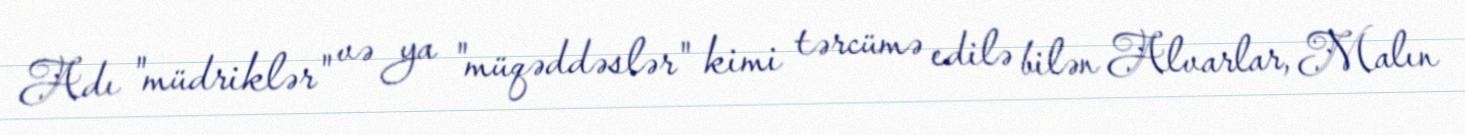
Adı "müdriklər" və ya "müqəddəslər" kimi tərcümə edilə bilən Alvarlar, Malın